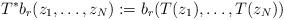
LaTeX: \begin{align*}T^{*}b_{r}(z_{1},\ldots,z_{N}):=b_{r}(T(z_{1}),\ldots,T(z_{N}))\end{align*}